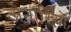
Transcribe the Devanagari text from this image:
जेनारियो